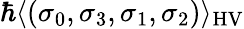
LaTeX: \hbar\langle(\sigma_{0},\sigma_{3},\sigma_{1},\sigma_{2})\rangle_{\mathrm{HV}}